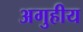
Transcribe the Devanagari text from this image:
अगुहीय